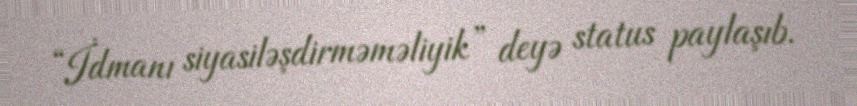
“İdmanı siyasiləşdirməməliyik” deyə status paylaşıb.